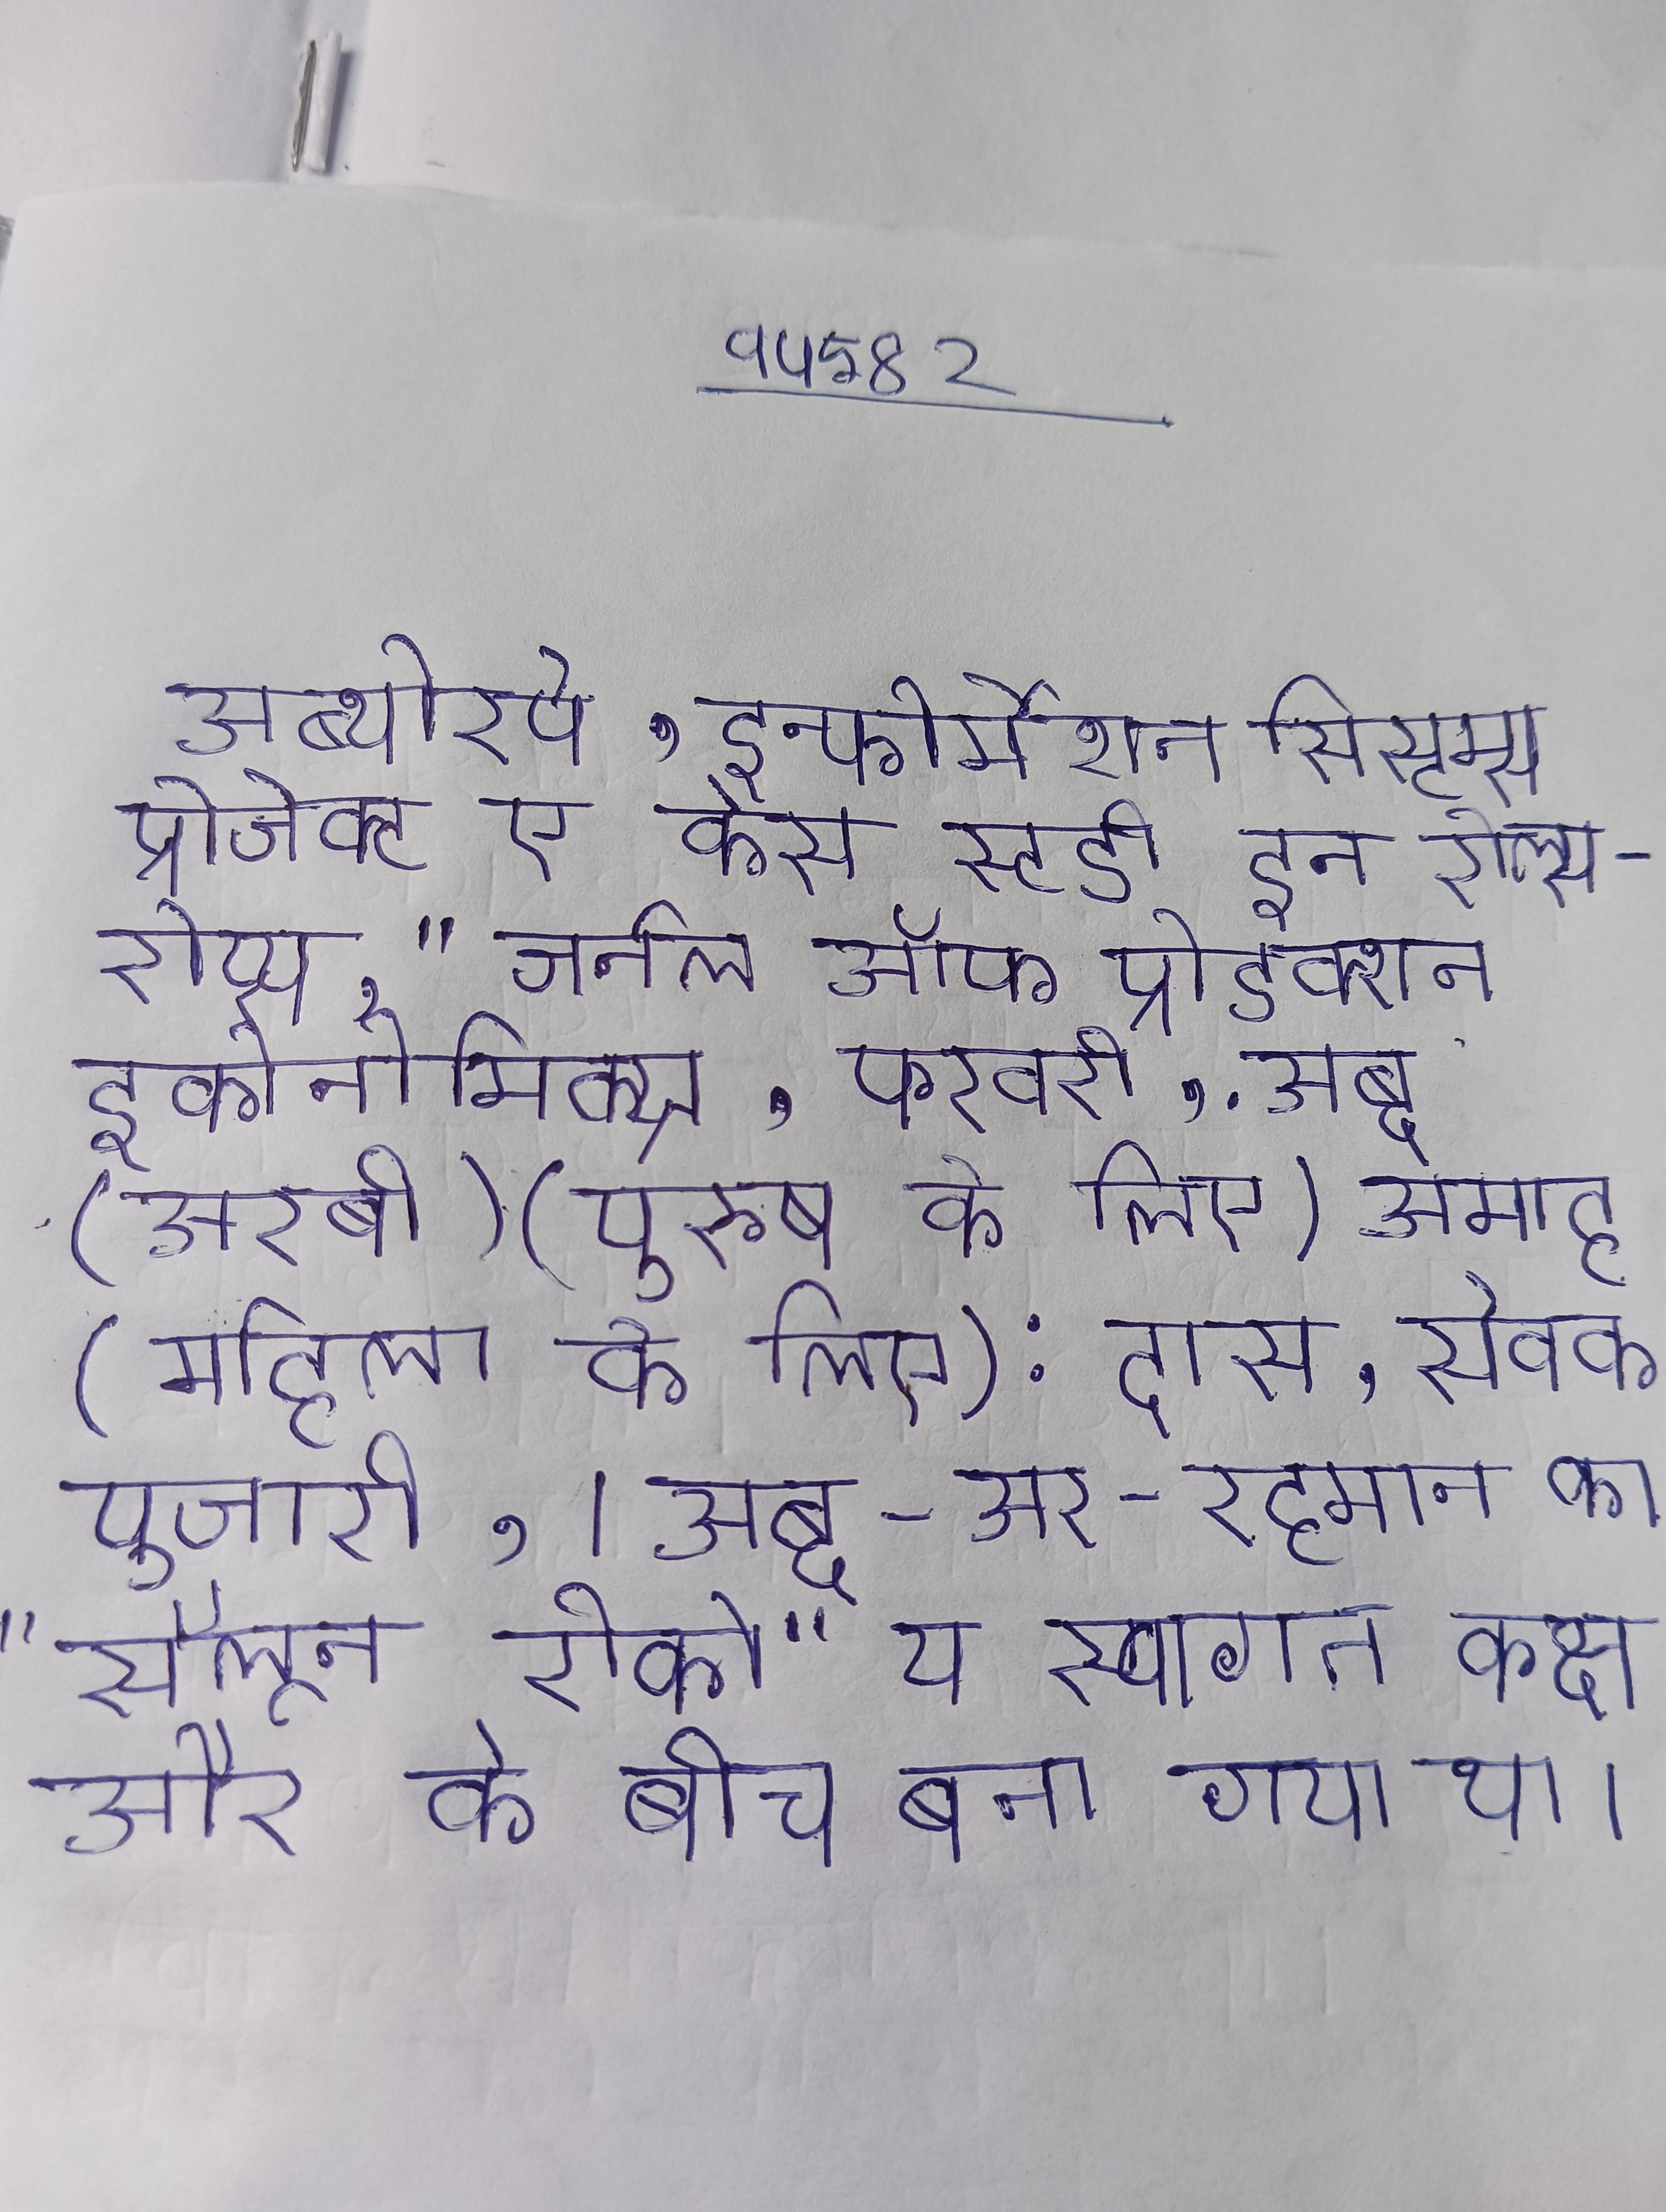
अब्थोरपे, इन्फोर्मेशन सिस्टम्स प्रोजेक्ट ए केस स्टडी इन रोल्स-रोय्स, " जर्नल ऑफ प्रोडक्शन इकोनोमिक्स, फरवरी, . अब्द (अरबी) (पुरुष के लिए) अमाह (महिला के लिए): दास, सेवक, पुजारी, । अब्द-अर-रहमान का "सैलून रीको" य स्वागत कक्ष और के बीच बना गया था ।